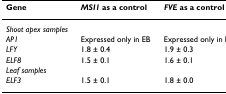
<table><thead><tr><td><b>Gene</b></td><td><b><i>MSI1 </i>as a control</b></td><td><b><i>FVE </i>as a control</b></td></tr></thead><tbody><tr><td><i>Shoot apex samples</i></td><td></td><td></td></tr><tr><td><i>AP1</i></td><td>Expressed only in EB</td><td>Expressed only in EB</td></tr><tr><td><i>LFY</i></td><td>1.8 ± 0.4</td><td>1.9 ± 0.3</td></tr><tr><td><i>ELF8</i></td><td>1.5 ± 0.1</td><td>1.6 ± 0.1</td></tr><tr><td><i>Leaf samples</i></td><td></td><td></td></tr><tr><td><i>ELF3</i></td><td>1.5 ± 0.1</td><td>1.8 ± 0.0</td></tr></tbody></table>